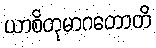
ယာစိတုမာဂတောတိ